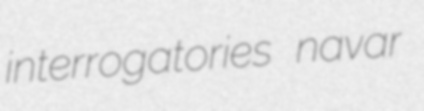
interrogatories navar